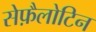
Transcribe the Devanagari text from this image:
सेफ़ैलोटिन